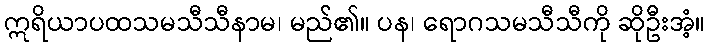
ဣရိယာပထသမသီသီနာမ၊ မည်၏။ ပန၊ ရောဂသမသီသီကို ဆိုဦးအံ့။